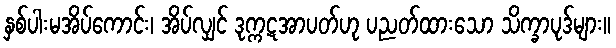
နှစ်ပါးမအိပ်ကောင်း၊ အိပ်လျှင် ဒုက္ကဋအာပတ်ဟု ပညတ်ထားသော သိက္ခာပုဒ်များ။